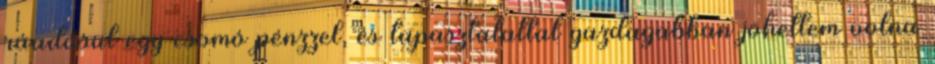
ráadásul egy csomó pénzzel, és tapasztalattal gazdagabban jöhettem volna